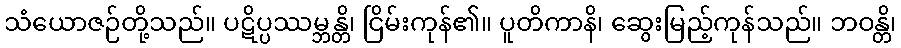
သံယောဇဉ်တို့သည်။ ပဋိပ္ပဿမ္ဘန္တိ၊ ငြိမ်းကုန်၏။ ပူတိကာနိ၊ ဆွေးမြည့်ကုန်သည်။ ဘဝန္တိ၊